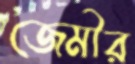
জেমীর